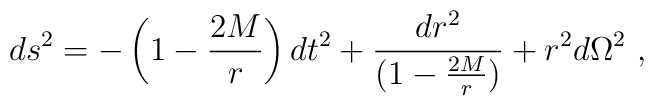
ds^2=-\left(1-\frac{2M}{r} \right)dt^2+{{dr^2} \over{(1-\frac{2M}{r})}}+r^2 d\Omega^2 \ ,